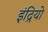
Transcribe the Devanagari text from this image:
इंद्रियो